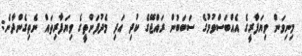
މިނިވަން ވިޔަފާރީގެ އެއްބަސްވުމުގެ ސަބަބުން ރައްޖޭގެ ކުދި އަދި މެދުފަންތީގެ ވިޔަފާރިތައް ނެތިގެންދާނެ: